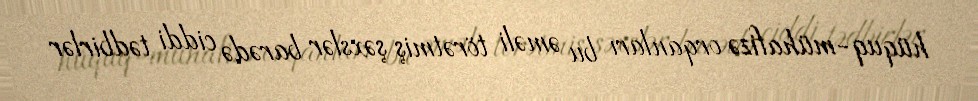
hüquq-mühafizə orqanları bu əməli törətmiş şəxslər barədə ciddi tədbirlər